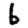
Digit: 6